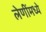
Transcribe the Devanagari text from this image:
लेणींमध्ये